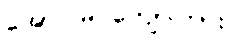
အောင်မြင်ကျော်ကြား